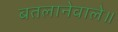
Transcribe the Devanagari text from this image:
बतलानेवाले॥